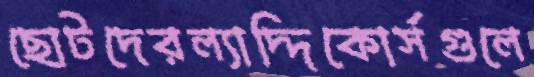
ছোটদেরল্যাদ্দিকোর্সগুলে